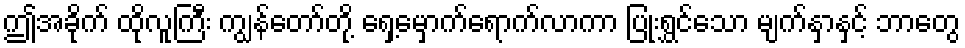
ဤအခိုက် ထိုလူကြီး ကျွန်တော်တို့ ရှေ့မှောက်ရောက်လာကာ ပြုံးရွှင်သော မျက်နှာနှင့် ဘာတွေ